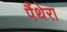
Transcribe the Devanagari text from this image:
पैंथेरा